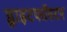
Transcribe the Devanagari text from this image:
ह्वाइटफॉस्टर